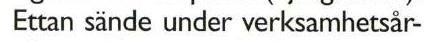
 Ettan sände under verksamhetsår-